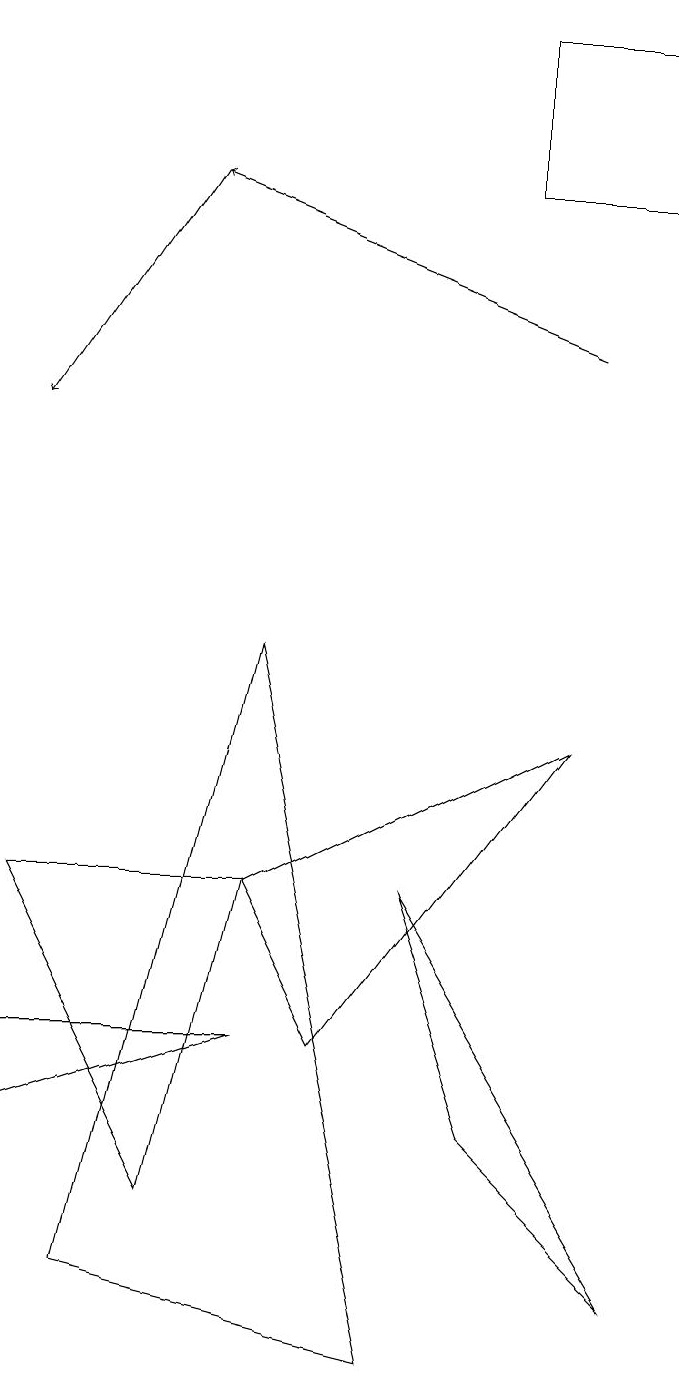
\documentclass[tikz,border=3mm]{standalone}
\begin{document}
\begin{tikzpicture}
\draw (2,2) -- (0,6) -- (3,6) -- cycle;
\draw (3,4) -- (0,3) -- (0,4) -- cycle;
\draw[->] (2,15) -- (0,12);
\draw (5,0) -- (1,1) -- (3,9) -- cycle;
\draw (5,6) -- (8,1) -- (6,3) -- cycle;
\draw (6,15) rectangle (8,17);
\draw (4,4) -- (7,8) -- (3,6) -- cycle;
\draw[->] (7,13) -- (2,15);
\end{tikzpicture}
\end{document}